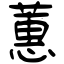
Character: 蕙